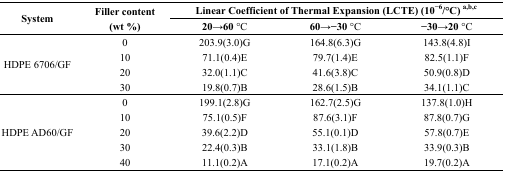
<table><thead><tr><td rowspan="2"><b>System</b></td><td rowspan="2"><b>Filler content (wt %)</b></td><td colspan="3"><b>Linear Coefficient of Thermal Expansion (LCTE) (10<sup>−6</sup>/°C) <sup>a,b,c</sup></b></td></tr><tr><td><b>20→60 °C</b></td><td><b>60→−30 °C</b></td><td><b>−30→20 °C</b></td></tr></thead><tbody><tr><td rowspan="4">HDPE 6706/GF</td><td>0</td><td>203.9(3.0)G</td><td>164.8(6.3)G</td><td>143.8(4.8)I</td></tr><tr><td>10</td><td>71.1(0.4)E</td><td>79.7(1.4)E</td><td>82.5(1.1)F</td></tr><tr><td>20</td><td>32.0(1.1)C</td><td>41.6(3.8)C</td><td>50.9(0.8)D</td></tr><tr><td>30</td><td>19.8(0.7)B</td><td>28.6(1.5)B</td><td>34.1(1.1)C</td></tr><tr><td rowspan="5">HDPE AD60/GF</td><td>0</td><td>199.1(2.8)G</td><td>162.7(2.5)G</td><td>137.8(1.0)H</td></tr><tr><td>10</td><td>75.1(0.5)F</td><td>87.6(3.1)F</td><td>87.8(0.7)G</td></tr><tr><td>20</td><td>39.6(2.2)D</td><td>55.1(0.1)D</td><td>57.8(0.7)E</td></tr><tr><td>30</td><td>22.4(0.3)B</td><td>33.1(1.8)B</td><td>33.9(0.3)B</td></tr><tr><td>40</td><td>11.1(0.2)A</td><td>17.1(0.2)A</td><td>19.7(0.2)A</td></tr></tbody></table>